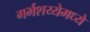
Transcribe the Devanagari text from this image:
गर्भशय्येमध्ये